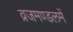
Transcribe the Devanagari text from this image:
व्रजमण्डलमें